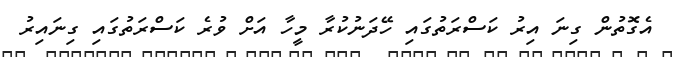
އެގޮތުން ގިނަ އިރު ކަސްރަތުގައި ހޭދަނުކުރާ މީހާ އަށް ވުރެ ކަސްރަތުގައި ގިނައިރު